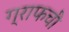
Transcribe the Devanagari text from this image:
ग्राफची